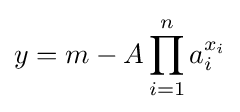
y=m-A\prod _{i=1}^{n}a_{i}^{x_{i}}